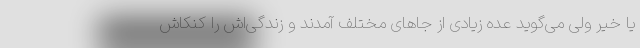
یا خیر ولی می‌گوید عده زیادی از جاهای مختلف آمدند و زندگی‌اش را کنکاش